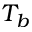
T _ { b }